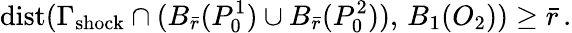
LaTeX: \mathrm{dist}(\Gamma_{\mathrm{shock}}\cap(B_{\bar{r}}(P_{0}^{1})\cup B_{\bar{r}}(P_{0}^{2})),\, B_{1}(O_{2}))\geq\bar{r}\, .